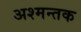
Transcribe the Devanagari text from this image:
अश्मन्तक